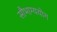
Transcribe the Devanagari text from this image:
सौभाग्ययोग